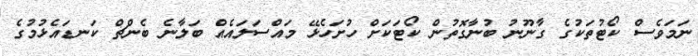
ނަމަވެސް ކޯޓުތަކުގެ ގާނޫނު ބުނާގޮތުން ކޯޓަކަށް ހުށަހެޅޭ މައްސަލައެއް ބަލާނެ ބެންޗް ކަނޑައެޅުމުގެ